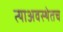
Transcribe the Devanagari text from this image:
त्याअवस्थेतच